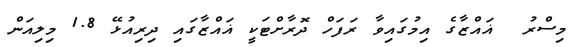
މިސްރު  ޣައްޒާގެ އިމުގައިވާ ރަފަހް ދޮރާށްޓަކީ ޣައްޒާގައި ދިރިއުޅޭ 1.8 މިލިއަން